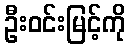
ဦးဝင်းမြင့်ကို